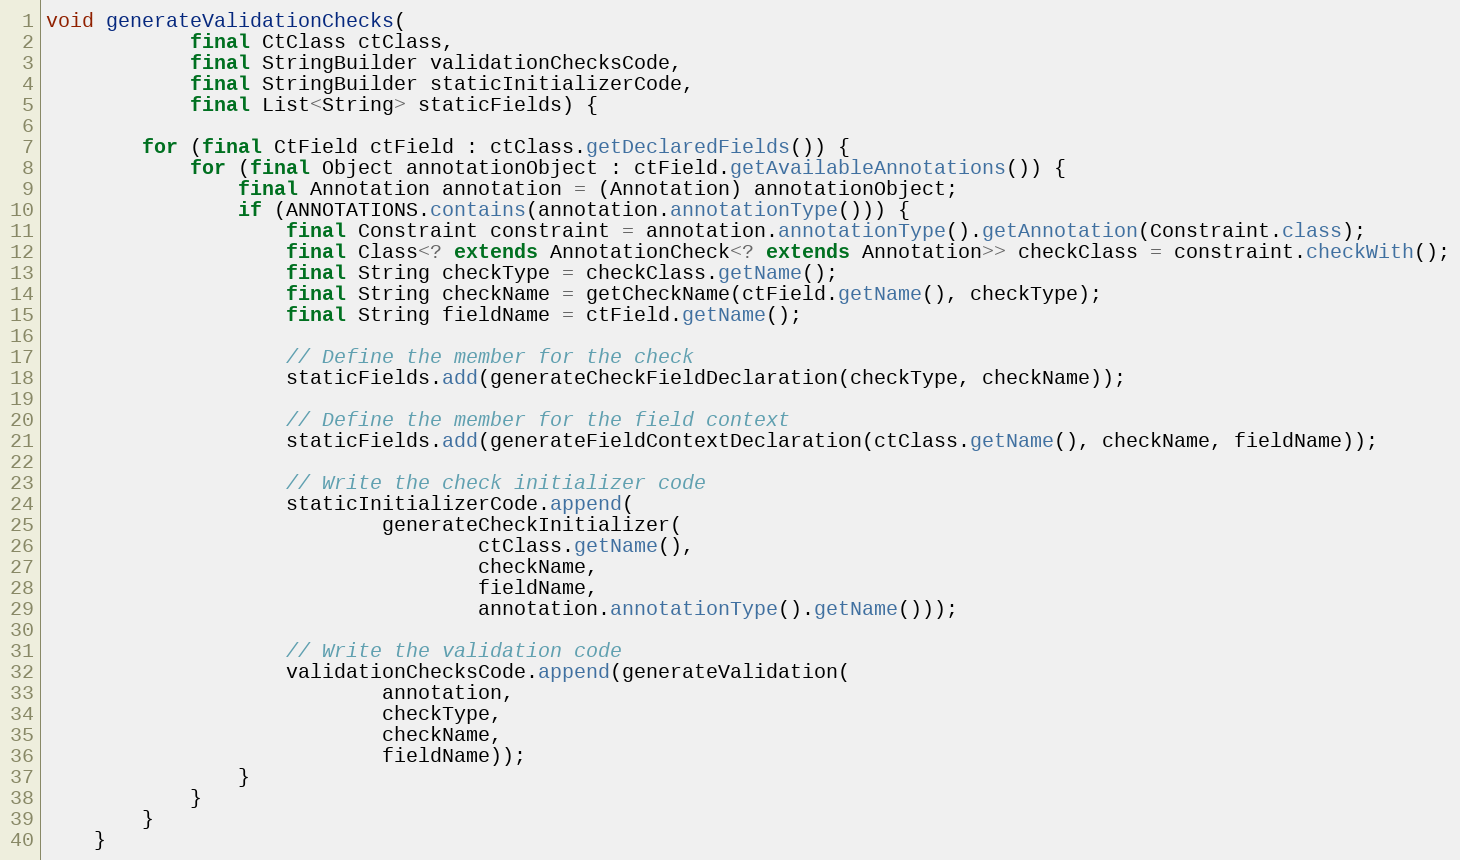
Language: Java
void generateValidationChecks(
            final CtClass ctClass,
            final StringBuilder validationChecksCode,
            final StringBuilder staticInitializerCode,
            final List<String> staticFields) {

        for (final CtField ctField : ctClass.getDeclaredFields()) {
            for (final Object annotationObject : ctField.getAvailableAnnotations()) {
                final Annotation annotation = (Annotation) annotationObject;
                if (ANNOTATIONS.contains(annotation.annotationType())) {
                    final Constraint constraint = annotation.annotationType().getAnnotation(Constraint.class);
                    final Class<? extends AnnotationCheck<? extends Annotation>> checkClass = constraint.checkWith();
                    final String checkType = checkClass.getName();
                    final String checkName = getCheckName(ctField.getName(), checkType);
                    final String fieldName = ctField.getName();

                    // Define the member for the check
                    staticFields.add(generateCheckFieldDeclaration(checkType, checkName));

                    // Define the member for the field context
                    staticFields.add(generateFieldContextDeclaration(ctClass.getName(), checkName, fieldName));

                    // Write the check initializer code
                    staticInitializerCode.append(
                            generateCheckInitializer(
                                    ctClass.getName(),
                                    checkName,
                                    fieldName,
                                    annotation.annotationType().getName()));

                    // Write the validation code
                    validationChecksCode.append(generateValidation(
                            annotation,
                            checkType,
                            checkName,
                            fieldName));
                }
            }
        }
    }